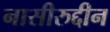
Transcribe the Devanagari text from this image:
नासीरुद्दीन